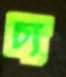
চ্য